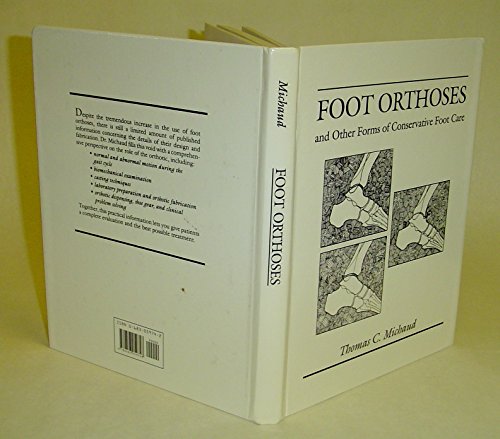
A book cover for Foot Orthoses and Other Forms of Conservative Foot Care; Thomas C. Michaud; Medical Books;